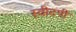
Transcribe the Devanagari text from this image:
स्वीटपी